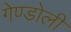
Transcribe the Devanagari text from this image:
गेण्डोली